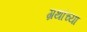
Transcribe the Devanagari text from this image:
ग्रथांच्या